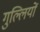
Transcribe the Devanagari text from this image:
गुल्लियों